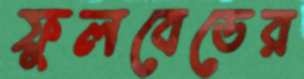
ফুলবেডের